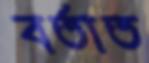
বর্তাত